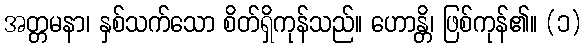
အတ္တမနာ၊ နှစ်သက်သော စိတ်ရှိကုန်သည်။ ဟောန္တိ၊ ဖြစ်ကုန်၏။ (၁)